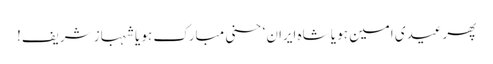
پھرعیدی امین ہو یا شاہ ایران‘ حسنی مبارک ہو یا شہباز شریف!